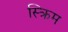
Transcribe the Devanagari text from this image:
स्क्रिम